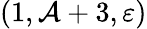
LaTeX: (1,\mathcal{A}+3,\varepsilon)